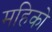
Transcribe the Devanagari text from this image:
महिको